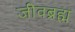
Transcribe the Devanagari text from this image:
जीवब्रह्म